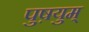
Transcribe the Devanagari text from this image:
पुष़युम्